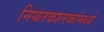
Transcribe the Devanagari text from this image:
नियतकालकांमध्ये